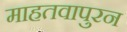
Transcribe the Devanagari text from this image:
माहतवापुरन